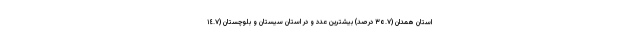
استان همدان (٣٥.٧ درصد) بیشترین عدد و در استان سیستان و بلوچستان (١٤.٧